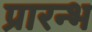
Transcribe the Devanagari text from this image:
प्रारन्भ